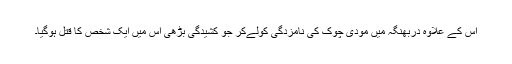
اس کے علاوہ دربھنگہ میں مودی چوک کی نامزدگی کولےکر جو کشیدگی بڑھی اس میں ایک شخص کا قتل ہوگیا۔